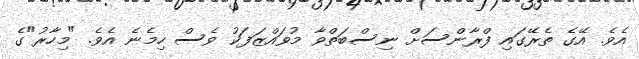
އެވެ. އޭގެ ތެރޭގައި ފްރާންސަށް ނިސްބަތްވާ މުވައްޒަފަކު ވެސް ހިމެނެ އެވެ. "މިހާރު"ގެ